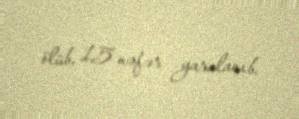
ölüb, 15 nəfər yaralanıb.